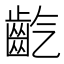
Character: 𪗟